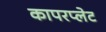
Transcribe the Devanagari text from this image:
कापरप्लेट